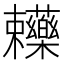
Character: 𧆄